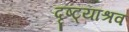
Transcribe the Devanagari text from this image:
दृष्ट्याश्रव